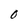
Character: O